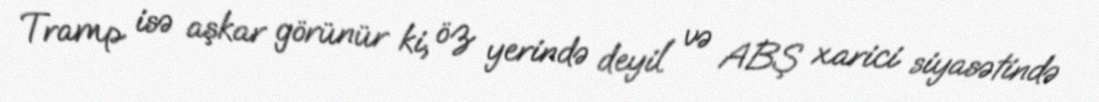
Tramp isə aşkar görünür ki, öz yerində deyil və ABŞ xarici siyasətində